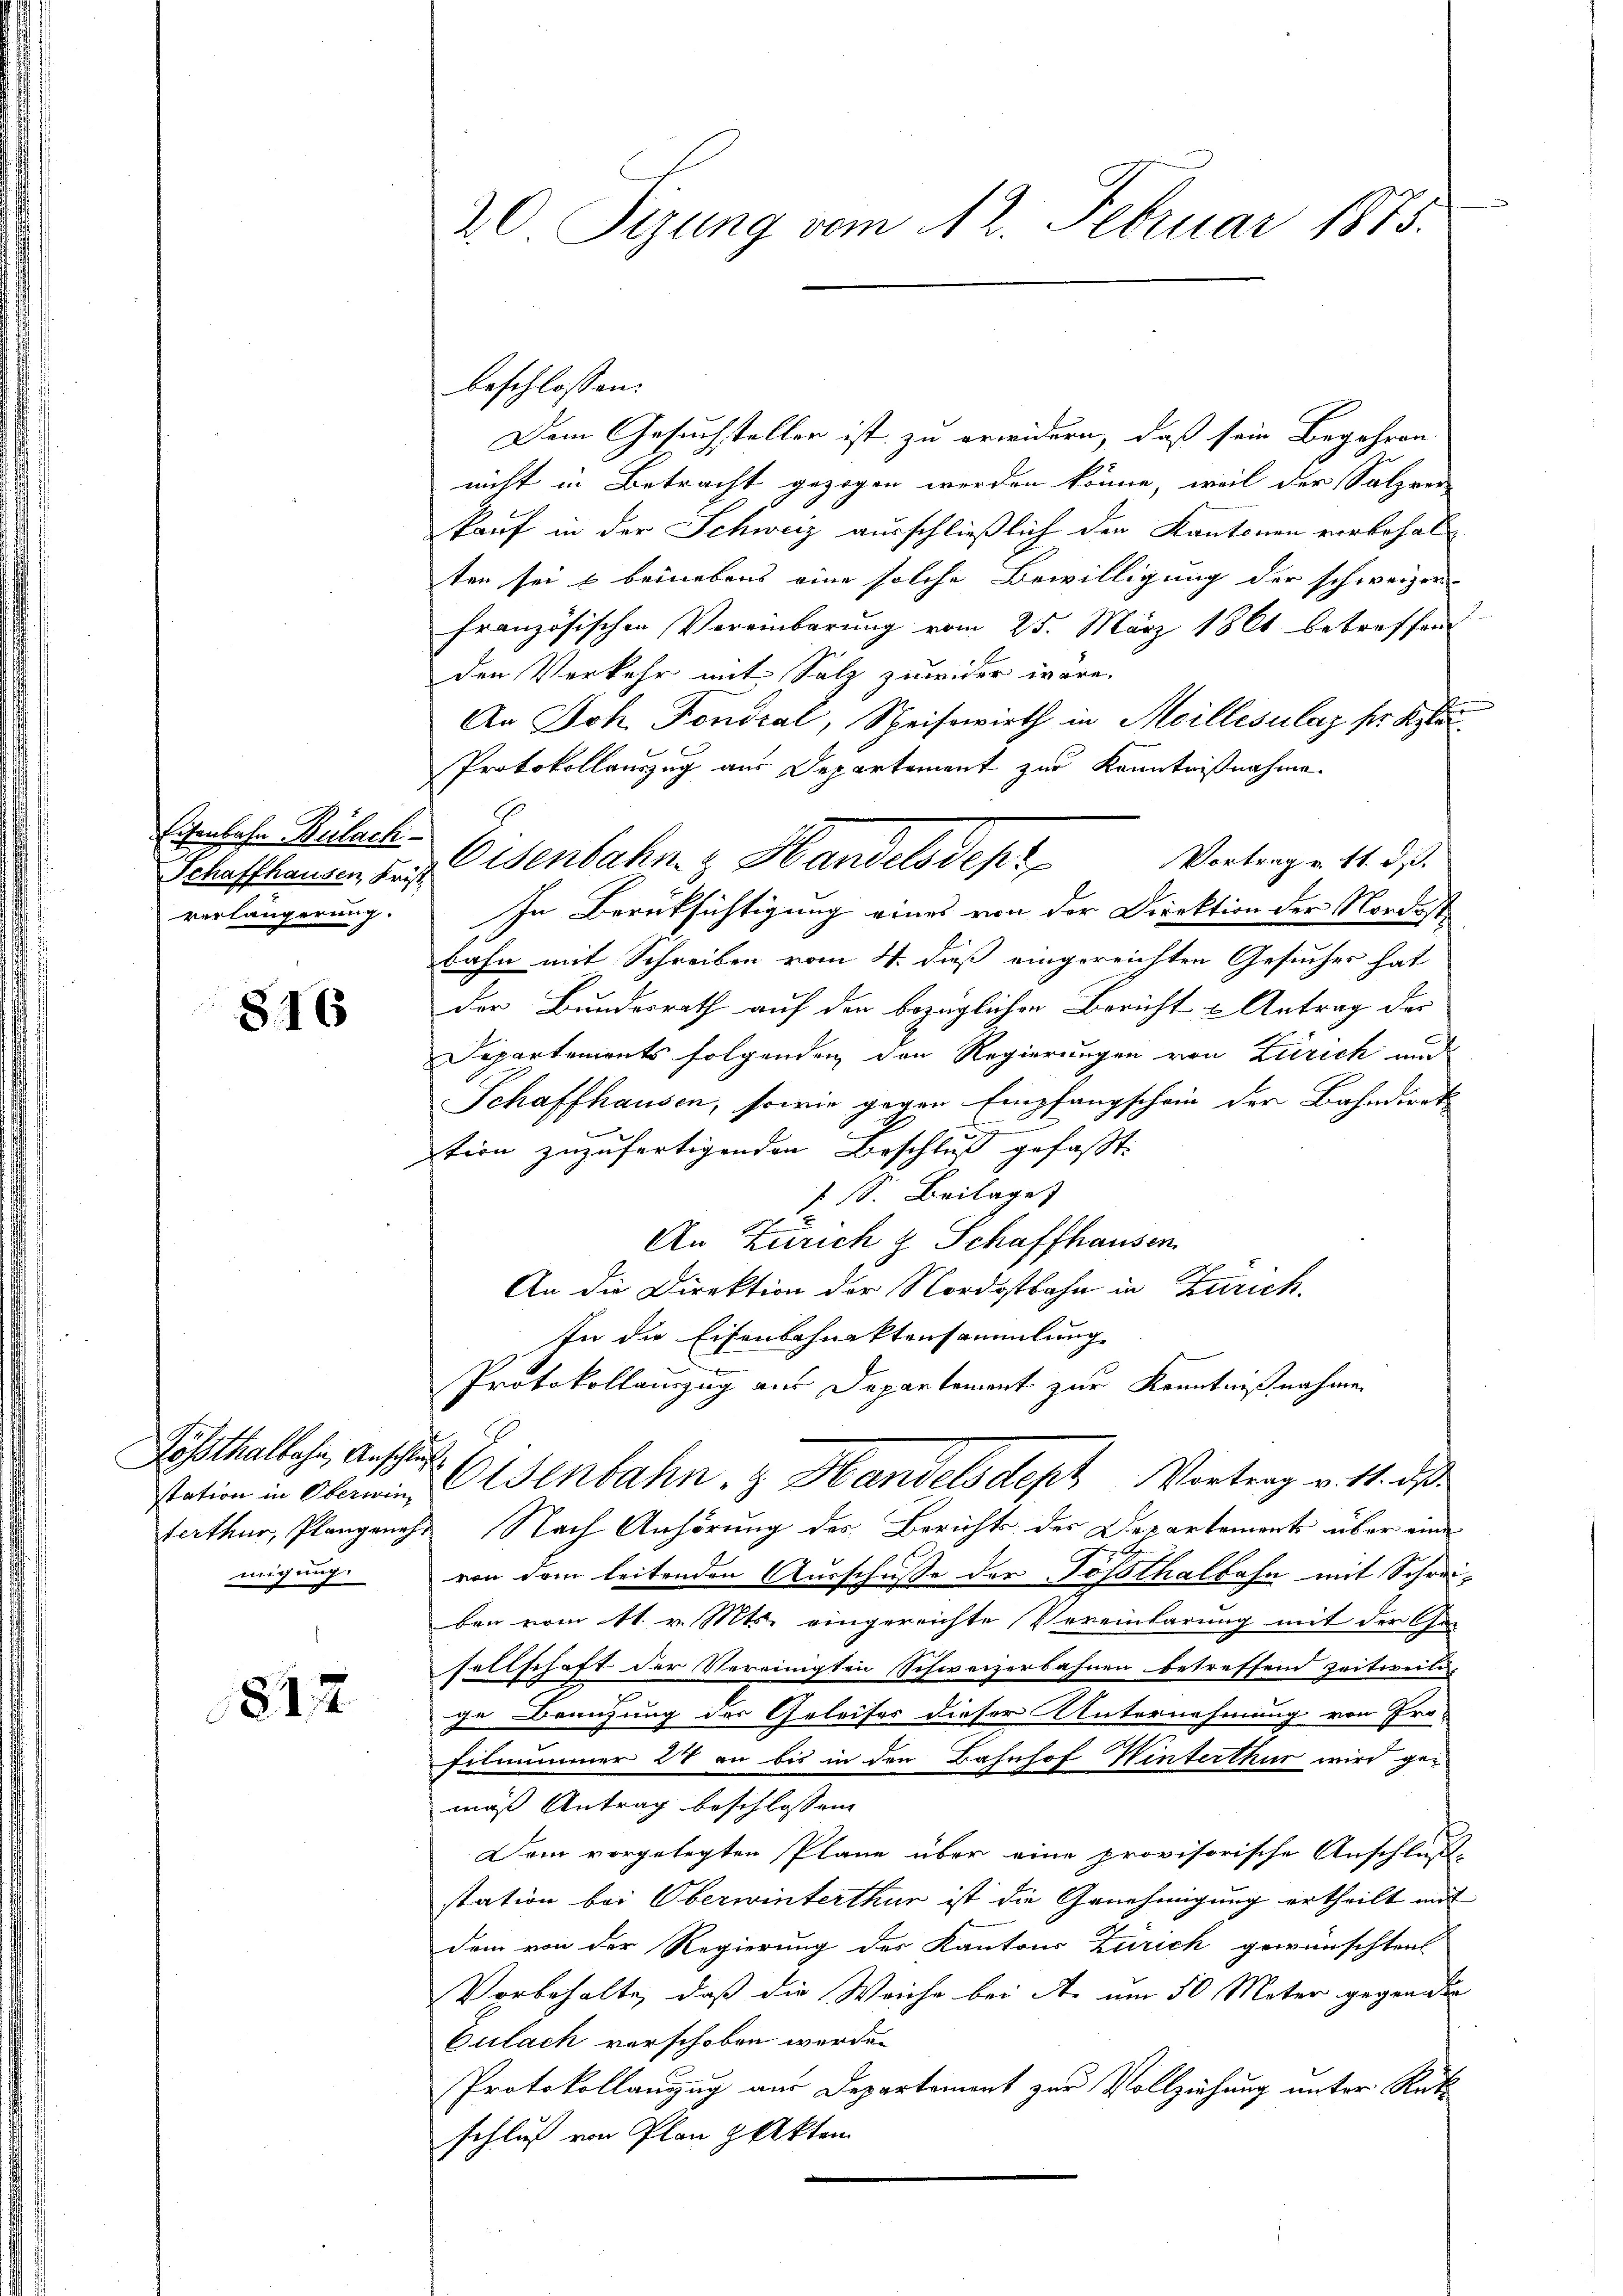
Eisenbahn Bülach
verlängerung.

816

Kössthalbahn, Anschlus

1817.

20 Sizung vom 12. Februar 1875.

beschlossen:

Dem Gesuchsteller ist zu erwidern, daß sein Begehren
nicht in Betracht gezogen werden könne, weil der Salzrer-
Pauf in der Schweiz ausschließlich den Kantonen vorbehal-
ten sei & beinebens eine solche Bewilligung der schweizer
französischen Vereinbarung vom 25. März 1861 betreffend
den Verkehr mit Salz zuwider wäre.
An Joh. Fondral, Speisewirth in Meillesalaz sr. Ka
Protokollauszug aus Departement zur Kenntnißnahme.
Vortrag v. 11. ds.
In Berüksichtigung eines von der Direktion der Nordostbahn mit Schreiben vom 4. daß eingereichten Gesuches hat
der Bundesrath auf den bezüglichen Bericht u Antrag des
Departements folgenden den Regierungen von Zürich und
Schaffhausen, sowie gegen Empfangschein der Bahndirek
1
stion zuzufertigenden Beschluß gefaßt.
1 S. Beilage
An Zürich & Schaffhausen
An die Direktion der Nordostbahn in Zürich.
In die Eisenbahnaktensammlung
Protokollanzug aus Departement zur Kenntnißnahmen
station in Oberin, CGenbahn, z. Handelsdept Vortrag v. M. daß
terthur, Plangenes Nach Anhörung des Berichts des Departements über eine
migung von dem leitenden Ausschuße der Posthalbahn mit Schreiben vom 11. v. Mts. eingereichte Vereinbarung mit der Ge-
sellschaft der Vereinigten Schweizerbahnen betreffend zeitweili-
ge Branzung des Geleises dieser Unternehmung von Pro-
Filnimmer 27 en bis in den Bahnhof Winterthur wird gemäß Antrag beschlossen:
Dem vorgelegten Pläne über eine provisorische Anschluß-
station bei Oberwinterthur ist die Genehmigung ertheilt mit
dem von der Regierung des Kantons Zürich gewünschten
Vorbehalte, daß die Weiche bei A. um 50 Meter gegründen
Culach verschoben werde.
Protokollanzug aus Departement zur Vollziehung unter Rükschluß von Plan & Akten.

Schaffhauser Frist Eisenbahn & Handelsdep